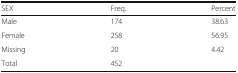
| SEX | Freq. | Percent |
 | --- | --- | --- |
 | Male | 174 | 38.63 |
 | Female | 258 | 56.95 |
 | Missing | 20 | 4.42 |
 | Total | 452 |  |